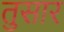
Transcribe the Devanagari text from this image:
तुसार